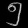
Digit: ၅